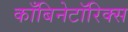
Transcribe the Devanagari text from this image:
काँबिनेटॉरिक्स